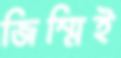
জিম্মিই